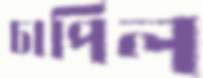
চাপিল